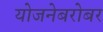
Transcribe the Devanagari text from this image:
योजनेबरोबर